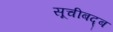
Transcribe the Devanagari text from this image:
सूचीबद्ब